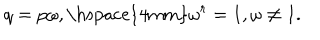
LaTeX: q = p \omega , \mathrm { \hspace { 4 m m } } \omega ^ { r } = 1 , \omega \neq 1 .